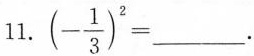
11.（-\frac{1}{3}）^{2}=___.